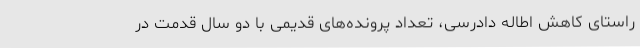
راستای کاهش اطاله دادرسی، تعداد پرونده‌های قدیمی با دو سال قدمت در